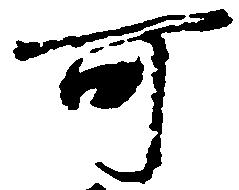
可